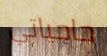
حاجياتي